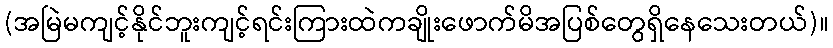
(အမြဲမကျင့်နိုင်ဘူးကျင့်ရင်းကြားထဲကချိုးဖောက်မိအပြစ်တွေရှိနေသေးတယ်)။